Vana-Antsla_vallavalitsus, lk 40
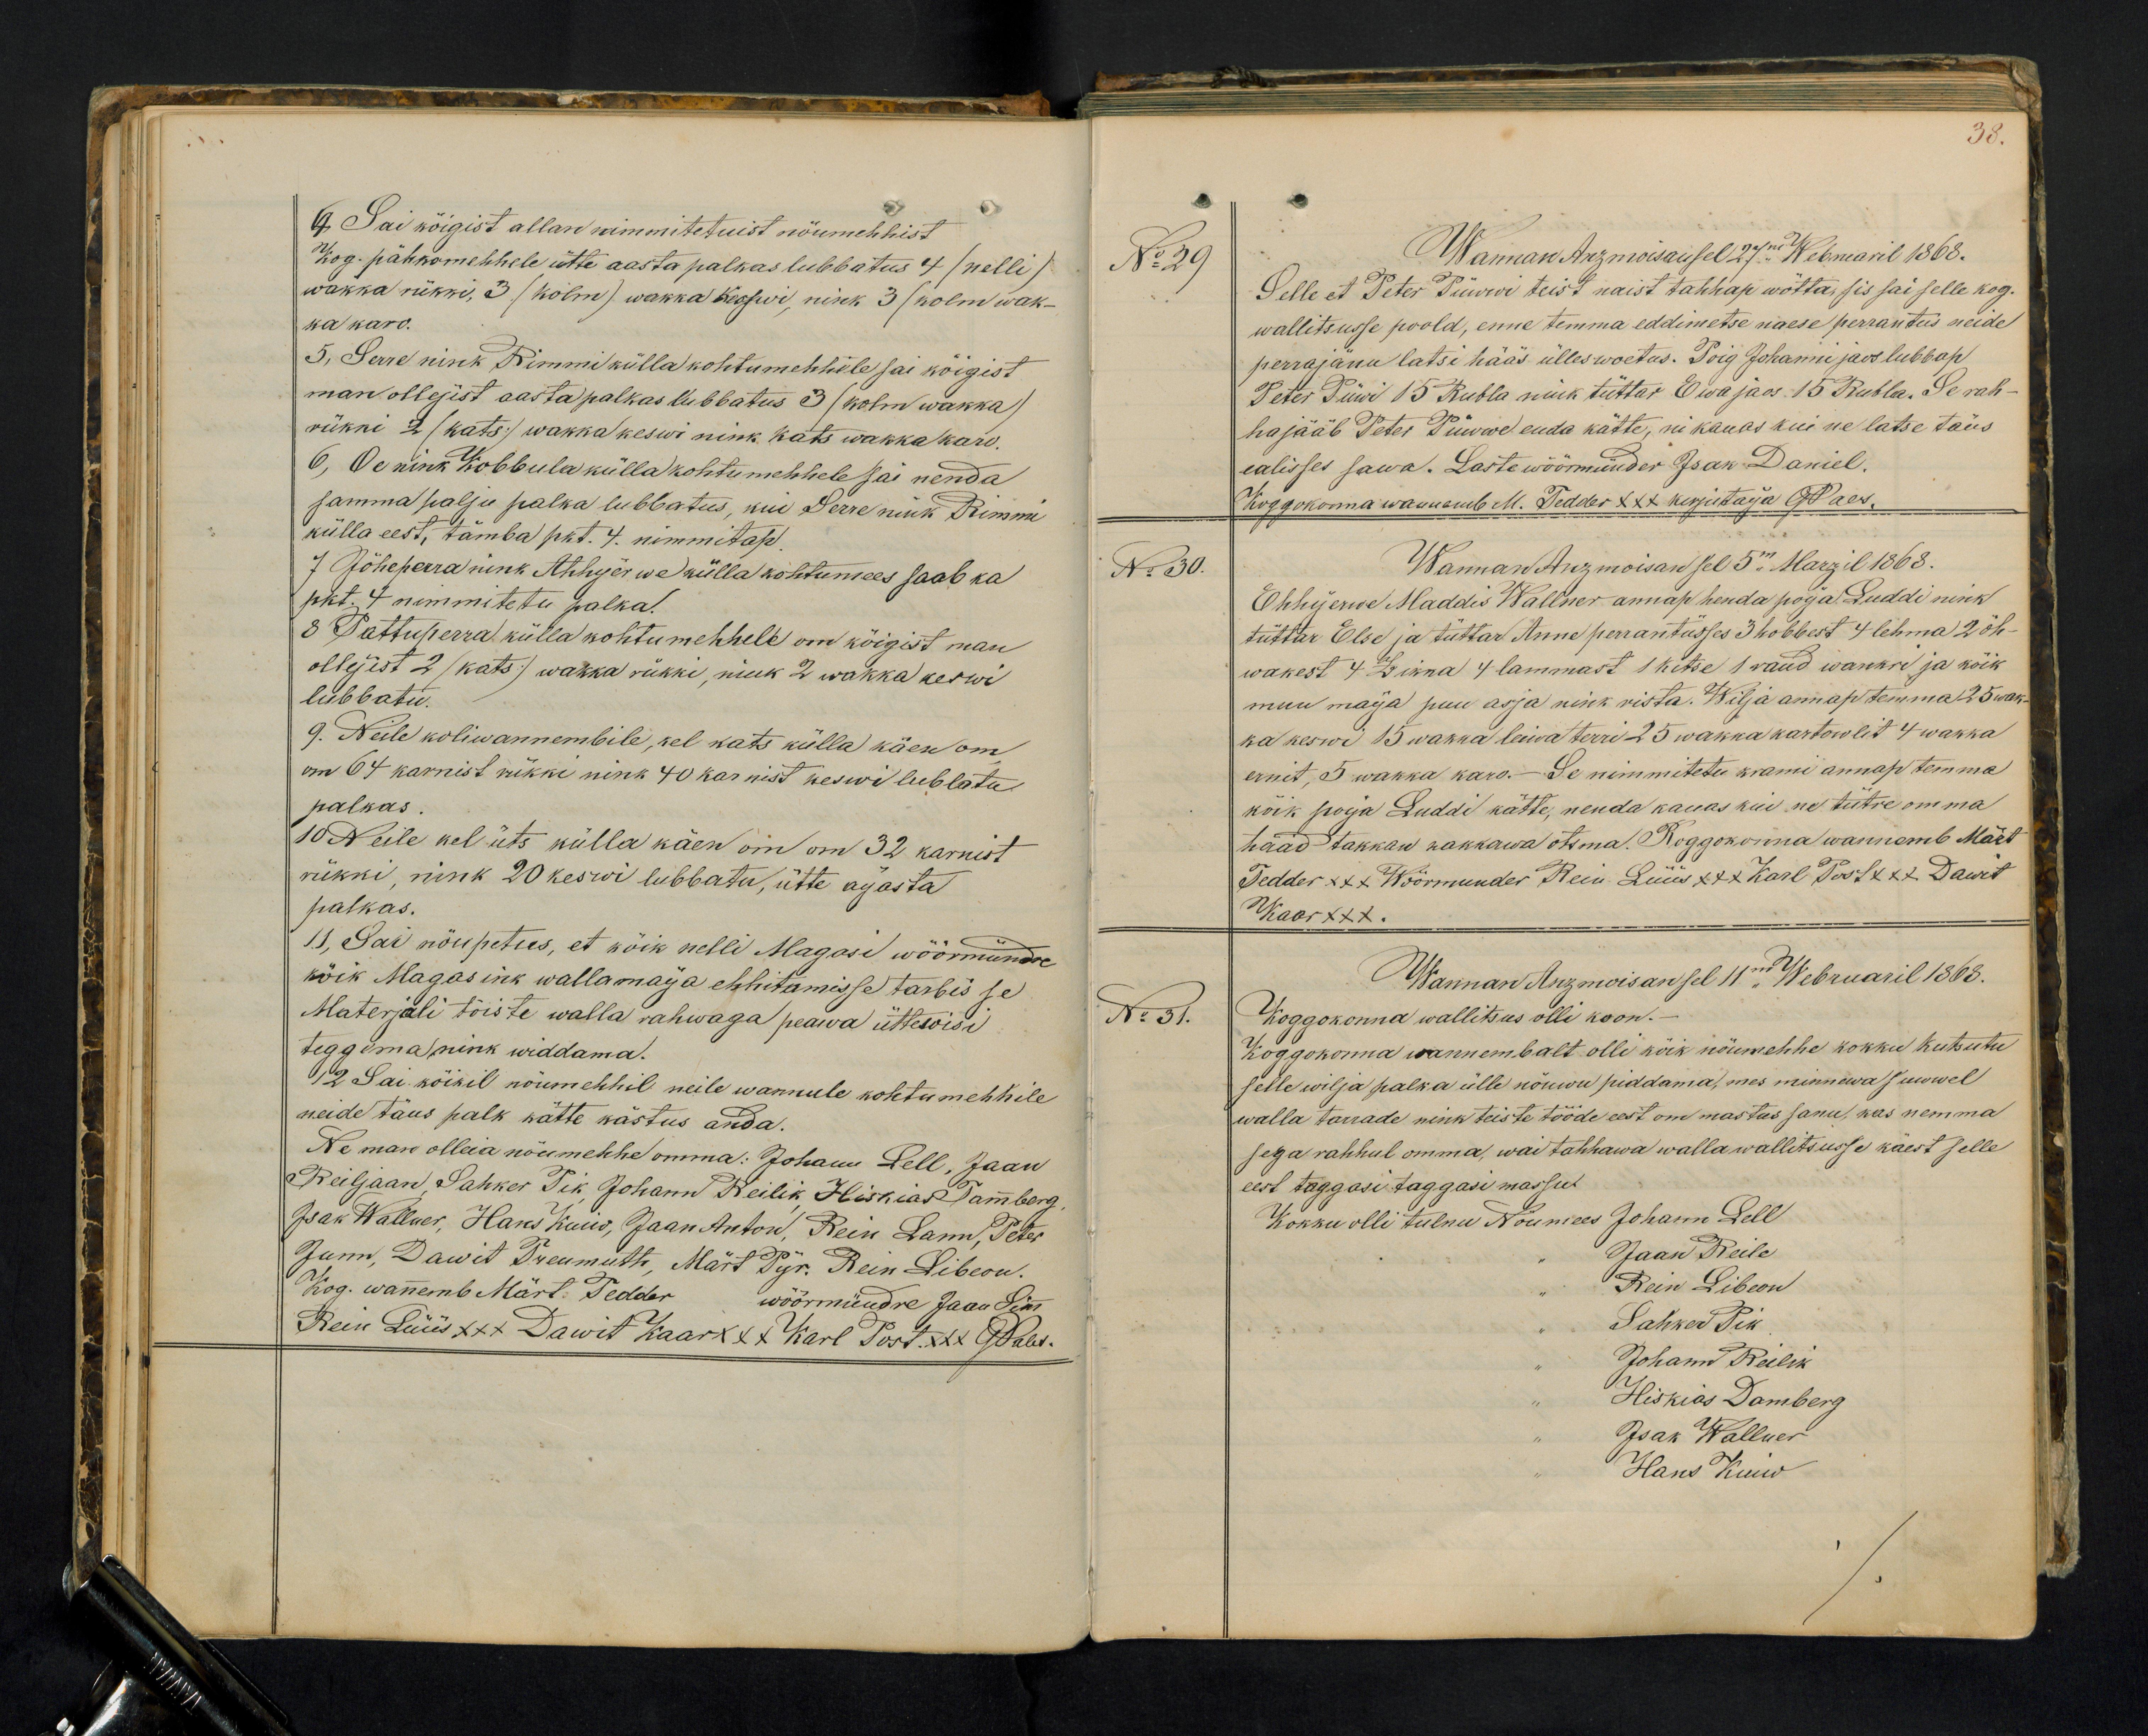
4 Sai kõigist allan nimmitetuist nöumehhist
Kog. pähkomehhele ütte aasta palkas lubbatus 4 (nelli)
wakka rükki, 3 (kolm) wakka keswi, nink 3/ kolm wak-
ka karo.
5, Serre nink Rimmi külla kohtumehhile sai köigist
man ollejist aasta palkas lubbatus 3 (kolm wakka)
rükki 2/ kats./ wakka keswi nink kats wakka karo.
6, Oe nink Kobbula külla kohtumehhele sai nenda
samma palju palka lubbatus, kui Serre nink Rimmi
külla eest, tämba pkt. 4. nimmitap.
7. Jöheperra nink Ahhijerwe külla kohtumees saab ka
pkt. 4 nimmitetu palka.
8 Pattuperra külla kohtumehhele om köigist man
ollejest 2 (kats) wakka rükki, nink 2 wakka keswi
lubbatu.
9. Neile koliwannembile, kel kats külla käen om
om 64 karnist rükki nink 40 karnist keswi lubbatu
palkas.
10 Neile kel üts külla käen om om 32 karnist
rükki nink 20 keswi lubbatu, ütte aijasta
palkas.
11, Sai nöupetus, et kõik nelli Magasi wöörmündre
kõik Magasink wallamaija ehhitamisse tarbis se
Materjali tõiste walla rahwaga peawa ütteswisi
teggema nink widdama.
12 Sai köikil nöumehhel neile wannule kohtumehhhile
neide täus palk kätte kästus anda.
Ne man olleia nõumehhe omma: Johann Lell, Jaan
Reiljaan, Sahker Pik, Johann Reilik, Hiskias Tammberg
Jaak Wallner, Hans Kuiw, Jaan Anton, Rein Lann, Peter
Junn, Dawit Treumuth, Märt Pijr. Rein Libeon.
Kog. wanemb Märt. Tedder wöörmündre Jaan Sim
Rein Lüüs xxx Sawit Kaar xxx Karl Post XXX G Pales

38.
No 29
Wannan Anzmoisan sel 27m. Webruaril 1868.
Selle et Peter Püwwi teist naist tahhap wötta, sis sai selle kog.
wallitsusse poold, enne temma eddimetse naese perrantus neide
perrajänu latsi hääs ülles woetus. Poig Johanni jaos lubbap
Peter Püwi 15 Rubla nink tüttar Ewa jaos 15 rubla. Se rah-
ha jääb Peter Püwwe enda kätte, nii kauas kui ne latse täus
ealisses sawa. Laste wöörmünder Isak Daniel.
Koggokonna wanemb M. Tedder XXX kirjutaija G Pales,
No 30.
Wannan Anzmoisan sel 5mal Marzil 1868.
Ehhijerwe Maddis Wallner annap henda poija Luddi nink
tüttar Else ja tüttar Anne perrantüsses 3 hobbest 4 lehma 2 öh-
wakest 4 Zikka 4 lammast 1 kitse 1 raud wankri ja kõik
muu maija puu asja nink rista. Wilja annap temma 25 wak-
ka keswi 15 wakka leiwa terri 25 wakka kartowlit 4 wakka
ernit, 5 wakka karo. - Se nimmitetu krami annap temma
köik poija Luddi kätte, nenda kauas kui ne tütre omma
hääd takkan hakkawa otsma. Koggokonna wannemb Märt
Tedder XXX Wöörmünder Rein Lüüs XXX Karl Post XXX Dawit
Kaar XXX.
Wannan Anzmoisan sel 11m Webruaril 1868.
No 31.
Koggokonna wallitsus olli koon.
Koggokonna wannembalt olli köik nõumehhe kokku kutsutu
selle wilja palka ülle nöuwu piddama, mes minnewa suwwel
walla tarrade nink teiste tööde eest on wastus sanu, kas nemma
sega rahhul omma, wai tahhawa walla wallitsusse käest selle
eest taggasi taggasi massu
Kokku olli tulnu Nöumees Johann Lell
Jaan Reile
Rein Libeon
Sahker Pik
Johann Reilik
Hiskias Damberg
Isak Wallner
Hans Kuiw